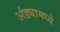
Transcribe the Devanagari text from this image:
अंड्यामध्ये